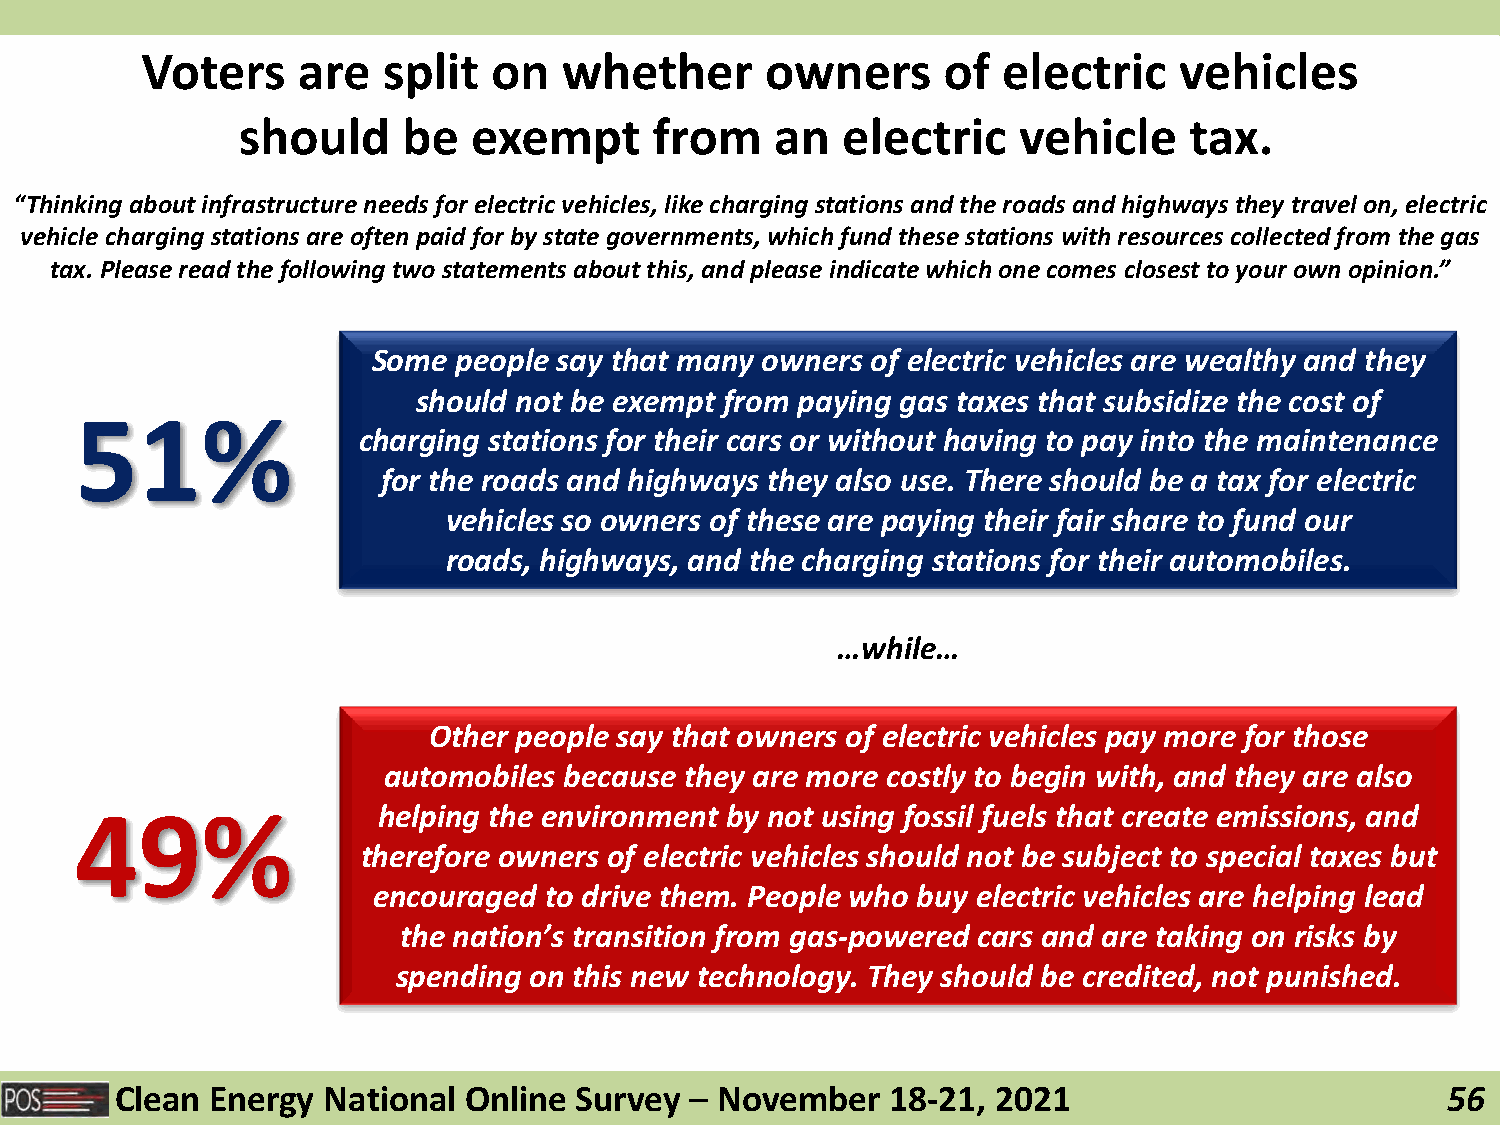
Voters     are  split   on  whether       owners     of  electric    vehicles
 should     be  exempt      from    an   electric   vehicle     tax.
 “Thinking about infrastructure needs for electric vehicles, like charging stations and the roads and highways they travel on, electric
 vehicle charging stations are often paid for by state governments, which fund these stations with resources collected from the gas
 tax. Please read the following two statements about this, and please indicate which one comes closest to your own opinion.”
 Some people say that many owners of electric vehicles are wealthy and they
 should not be exempt from paying gas taxes that subsidize the cost of
 51%
 charging stations for their cars or without having to pay into the maintenance
 for the roads and highways they also use. There should be a tax for electric
 vehicles so owners of these are paying their fair share to fund our
 roads, highways, and the charging stations for their automobiles.
 …while…
 Other people say that owners of electric vehicles pay more for those
 automobiles because they are more costly to begin with, and they are also
 49%                 helping the environment by not using fossil fuels that create emissions, and
 therefore owners of electric vehicles should not be subject to special taxes but
 encouraged to drive them. People who buy electric vehicles are helping lead
 the nation’s transition from gas-powered cars and are taking on risks by
 spending on this new technology. They should be credited, not punished.
 Clean Energy National  Online Survey  – November   18-21, 2021                          56